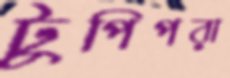
টুপিপরা